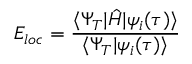
E _ { l o c } = \frac { \langle \Psi _ { T } | \hat { H } | \psi _ { i } ( \tau ) \rangle } { \langle \Psi _ { T } | \psi _ { i } ( \tau ) \rangle }